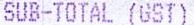
SUB-TOTAL (GST)